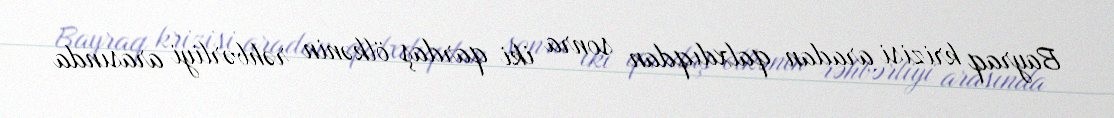
Bayraq krizisi aradan qalxdıqdan sonra iki qardaş ölkənin rəhbərliyi arasında